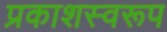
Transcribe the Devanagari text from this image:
प्रकाशस्वरूप